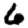
Digit: 6